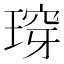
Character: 瑏